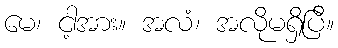
မေ၊ ငါ့အား။ အလံ၊ အလိုမရှိပြီ။